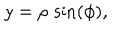
LaTeX: y = \rho \, \sin \left( \phi \right) ,